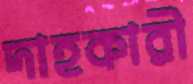
দাহকারী